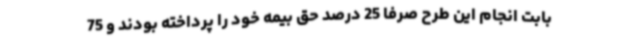
بابت انجام این طرح صرفا 25 درصد حق بیمه خود را پرداخته بودند و 75